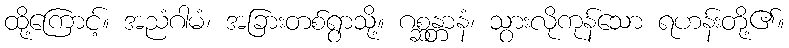
ထို့ကြောင့်။ အညံဂါမံ၊ အခြားတစ်ရွာသို့။ ဂစ္ဆန္တာနံ၊ သွားလိုကုန်သော ရဟန်းတို့၏။